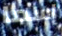
إسما